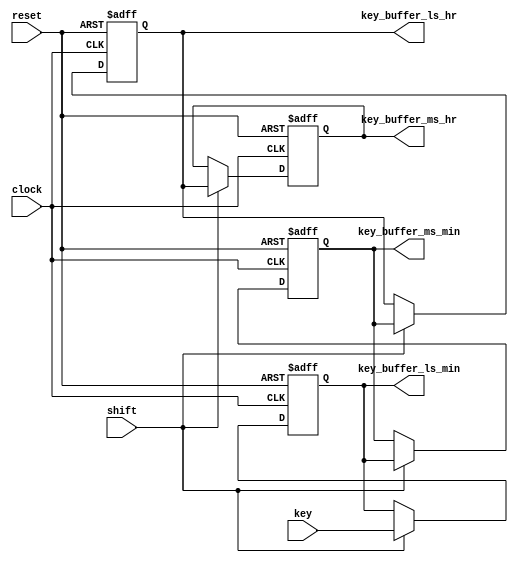
module keyreg(reset,
              clock,
              shift,
              key,
              key_buffer_ls_min,
              key_buffer_ms_min,
              key_buffer_ls_hr,
              key_buffer_ms_hr);
  input reset,
          clock,
          shift;
    input [3:0] key;
    output reg [3:0]  key_buffer_ls_min,
                      key_buffer_ms_min,
                      key_buffer_ls_hr,
                      key_buffer_ms_hr;



 
  always @(posedge clock or posedge reset)begin
    if (reset)  begin
        key_buffer_ls_min <= 0;
        key_buffer_ms_min <= 0;
        key_buffer_ls_hr <= 0;
        key_buffer_ms_hr <= 0;
      end
      else  if (shift == 1)  begin
        key_buffer_ms_hr  <= key_buffer_ls_hr;
        key_buffer_ls_hr  <= key_buffer_ms_min;
        key_buffer_ms_min <= key_buffer_ls_min;
        key_buffer_ls_min <= key;
      end

  end

endmodule